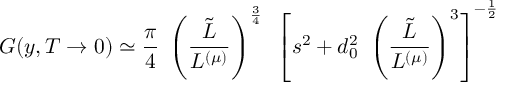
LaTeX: G ( y , T \to 0 ) \simeq { \frac { \pi } { 4 } } \; \left( { \frac { \tilde { L } } { L ^ { ( \mu ) } } } \right) ^ { \frac { 3 } { 4 } } ~ \left[ s ^ { 2 } + d _ { 0 } ^ { 2 } ~ \left( { \frac { \tilde { L } } { L ^ { ( \mu ) } } } \right) ^ { 3 } \right] ^ { - { \frac { 1 } { 2 } } }